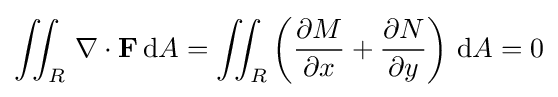
\iint _{R}\,\mathbf {\nabla } \cdot \mathbf {F} \,\mathrm {d} A=\iint _{R}\left({\frac {\partial M}{\partial x}}+{\frac {\partial N}{\partial y}}\right)\,\mathrm {d} A=0